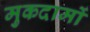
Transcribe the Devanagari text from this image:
मुकदामों